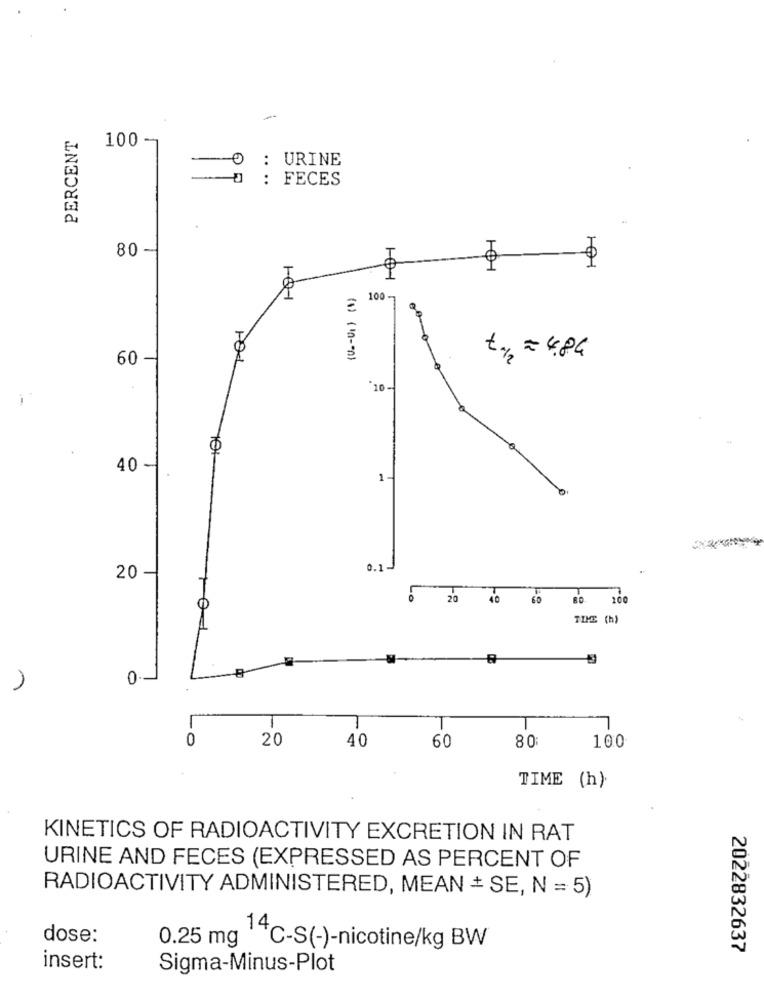
PERCENT
100
0 : URINE
--- 0: FECES
80 -
101
100
= 4.84
60
(1) (10-50)
x+12
"10-
10:
40 -
1
0.1-
20
0 20
40
60
200
TIME (h)
0 --
1
-
0
20
40
60
80
100
TIME (h)
KINETICS OF RADIOACTIVITY EXCRETION IN RAT
URINE AND FECES (EXPRESSED AS PERCENT OF
RADIOACTIVITY ADMINISTERED, MEAN + SE, N = 5)
dose:
0.25 mg
14C-S(-)-nicotine/kg BW
2022832637
insert:
Sigma-Minus-Plot